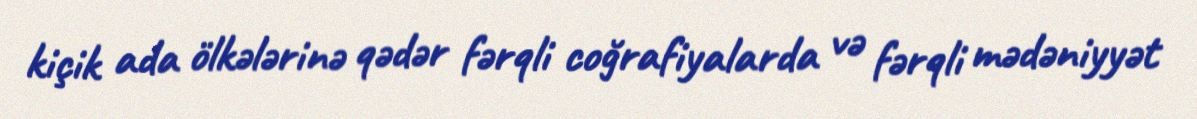
kiçik ada ölkələrinə qədər fərqli coğrafiyalarda və fərqli mədəniyyət